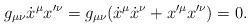
\begin{align*}g_{\mu\nu}\dot{x}^\mu x'^\nu=g_{\mu\nu}(\dot{x}^\mu\dot{x}^\nu+x'^\mu x'^\nu)=0.\end{align*}